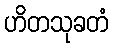
ဟိတသုခတံ